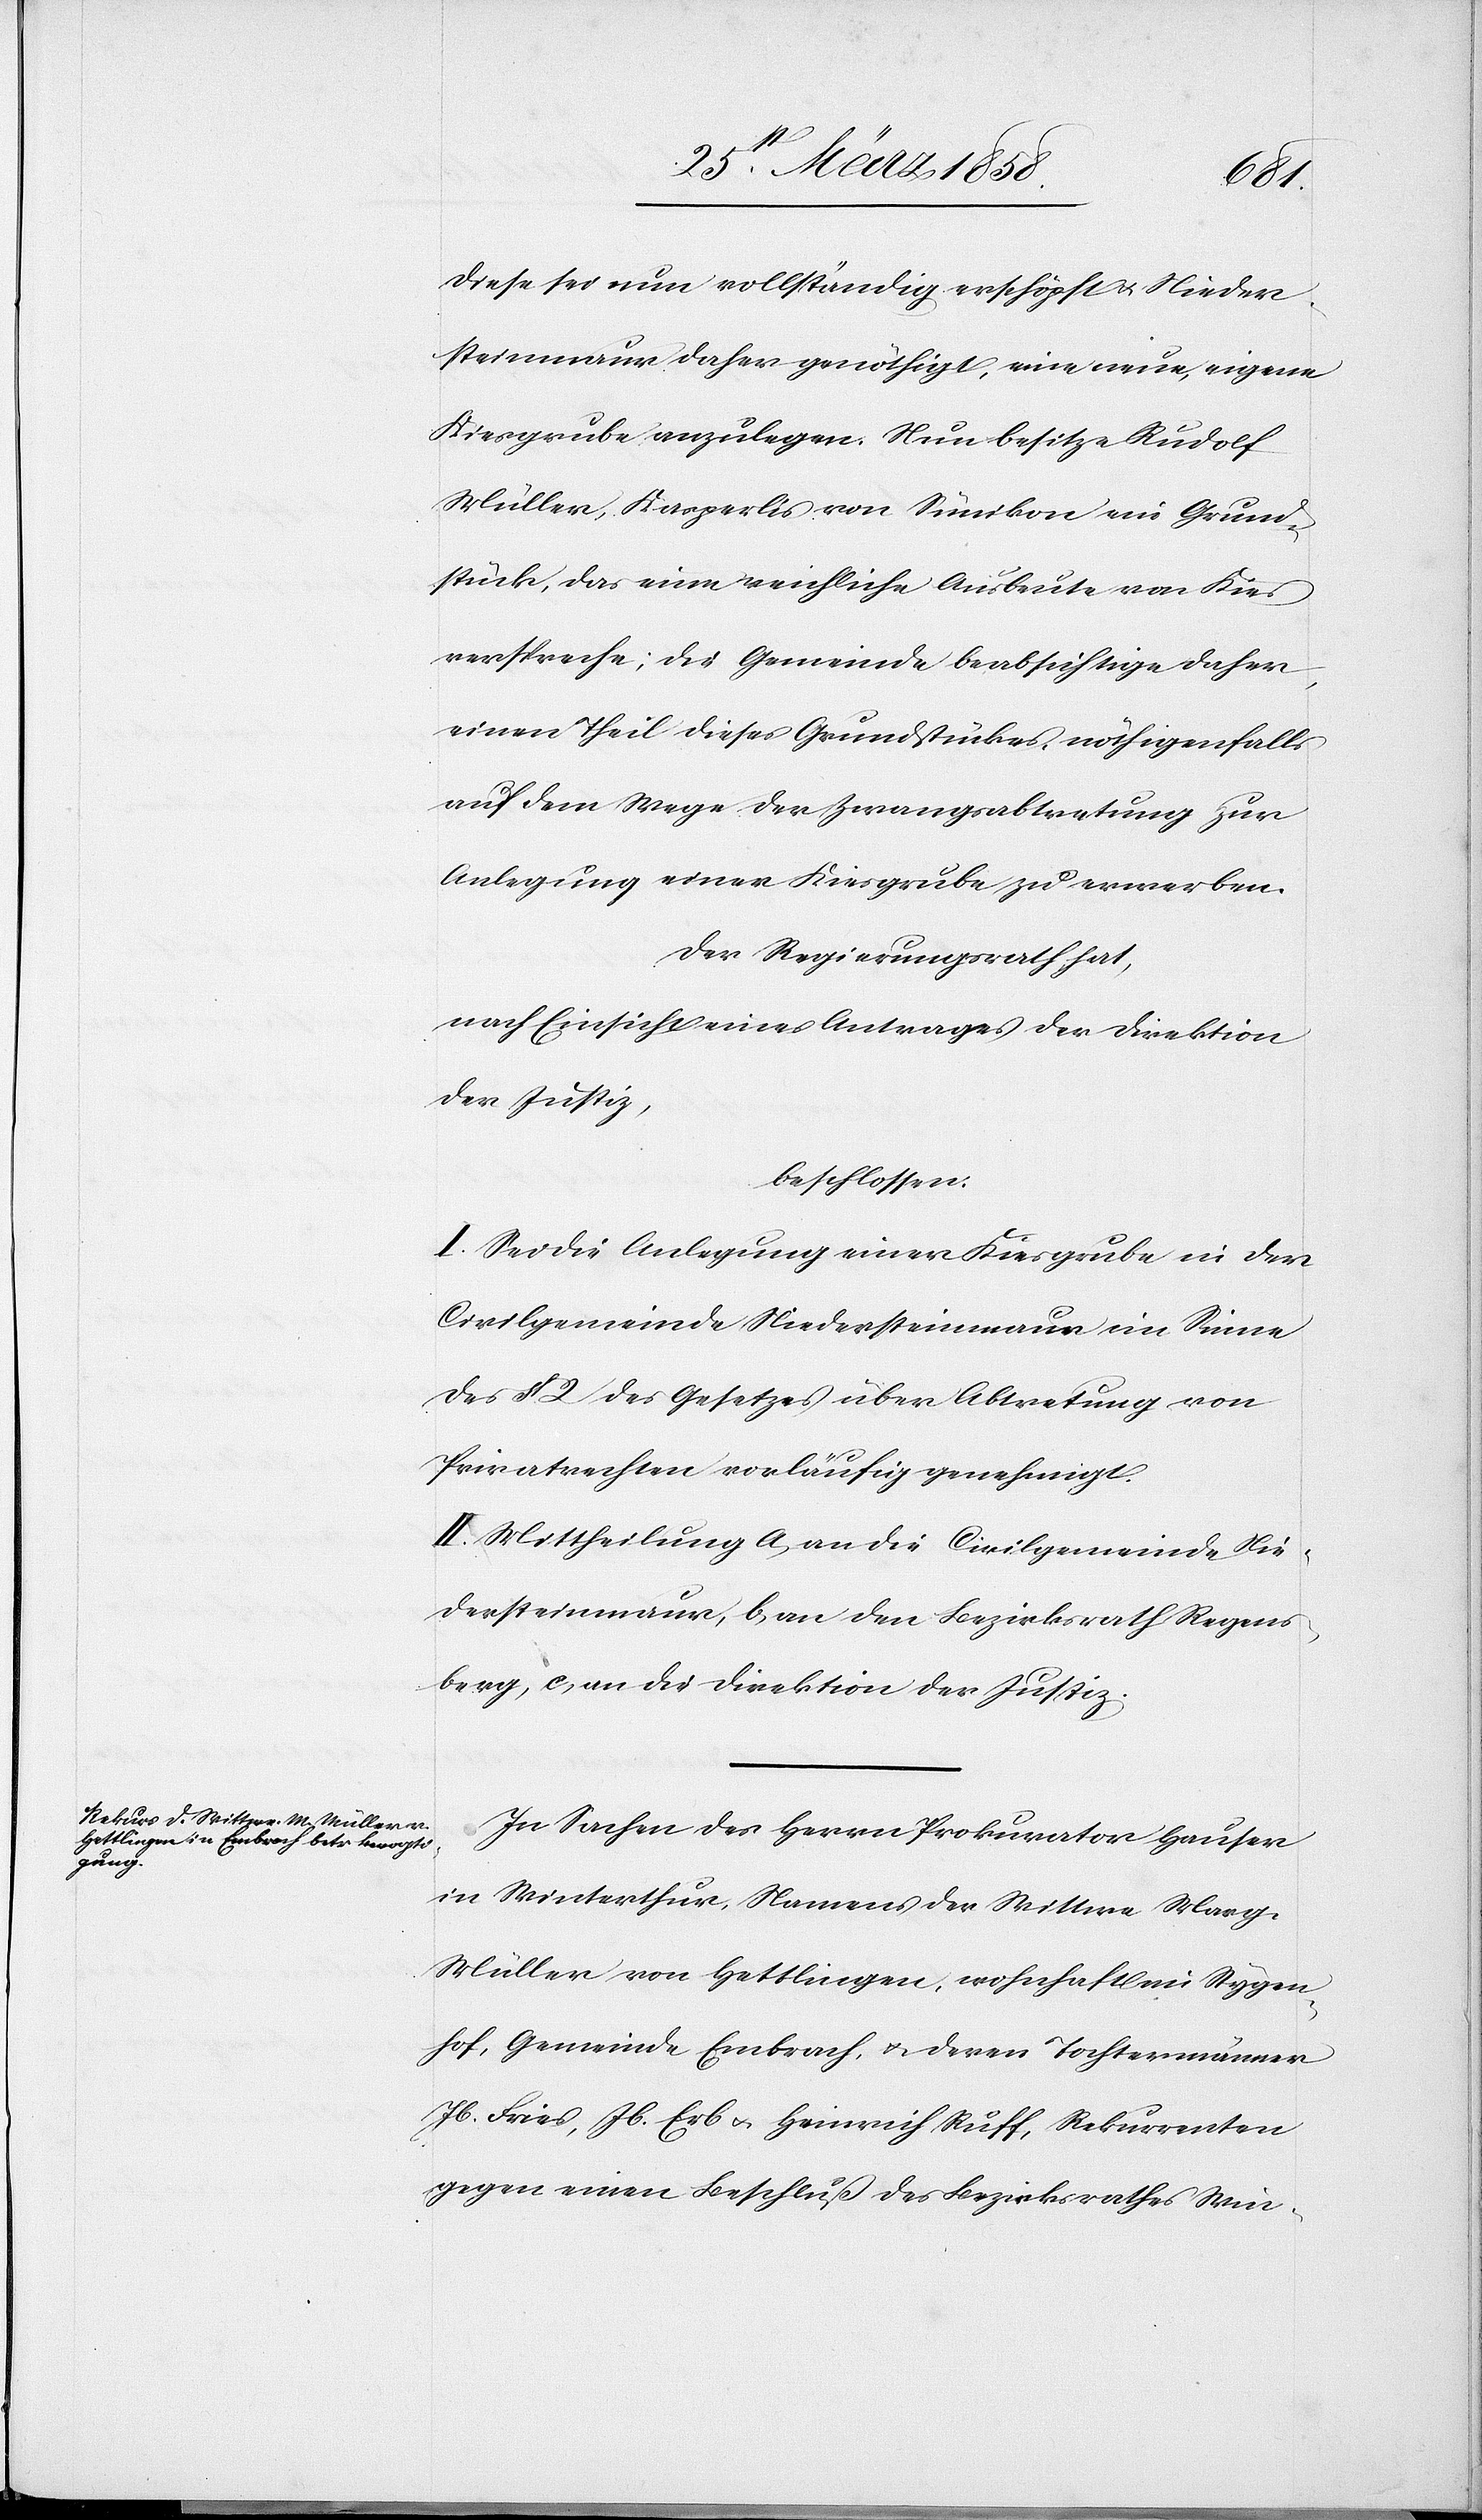
Diese sei nun vollständig erschöpft u. Nieder¬
steinmaur daher genöthigt, eine neue, eigene
Kiesgrube anzulegen. Nun besitze Rudolf
Müller, Kasperlis von Sünikon ein Grund¬
stück, das eine reichliche Ausbeute von Kies
verspreche; die Gemeinde beabsichtige daher,
einen Theil dieses Grundstückes, nöthigenfalls
auf dem Wege der Zwangsabtretung zur
Anlegung einer Kiesgrube zu erwerben.
Der Regierungsrath hat,
nach Einsicht eines Antrages der Direktion
der Justiz,
beschlossen:
I. Sei die Anlegung einer Kiesgrube in der
Civilgemeinde Niedersteinmaur im Sinne
des § 2 des Gesetzes über Abtretung von
Privatrechten vorläufig genehmigt.
II. Mittheilung a) an die Civilgemeinde Nie¬
dersteinmaur, b) an den Bezirksrath Regens¬
berg, c) an die Direktion der Justiz.
In Sachen des Herrn Prokurator Hauser
in Winterthur, Namens der Wittwe Marg.
Müller von Hettlingen, wohnhaft im Sygen¬
hof, Gemeinde Embrach, u. deren Tochtermänner
Jb. Fries, Jb. Erb u. Heinrich Ruff, Rekurrenten
gegen einen Beschluß des Bezirksrathes Win-